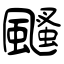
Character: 颾